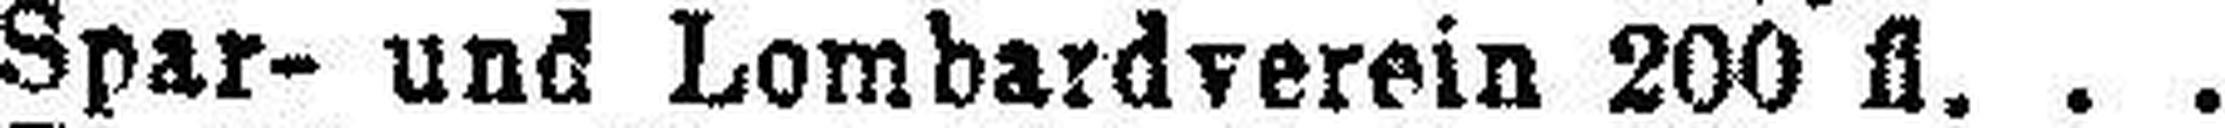
Spar- und Lombardverein 200 fl.